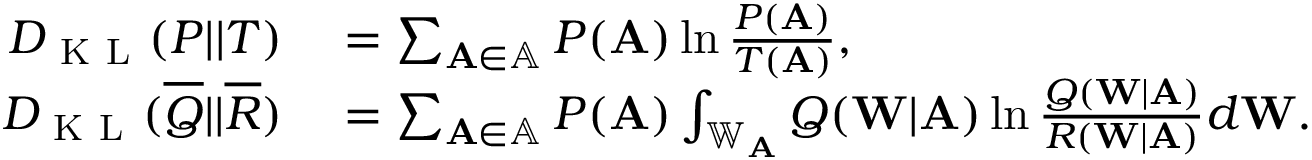
\begin{array} { r l } { D _ { \mathrm { ~ K ~ L ~ } } ( P | | T ) } & { { } = \sum _ { \mathbf { A } \in \mathbb { A } } P ( \mathbf { A } ) \ln \frac { P ( \mathbf { A } ) } { T ( \mathbf { A } ) } , } \\ { D _ { \mathrm { ~ K ~ L ~ } } ( \overline { { Q } } | | \overline { { R } } ) } & { { } = \sum _ { \mathbf { A } \in \mathbb { A } } P ( \mathbf { A } ) \int _ { \mathbb { W } _ { \mathbf { A } } } Q ( \mathbf { W } | \mathbf { A } ) \ln \frac { Q ( \mathbf { W } | \mathbf { A } ) } { R ( \mathbf { W } | \mathbf { A } ) } d \mathbf { W } . } \end{array}